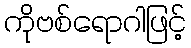
ကိုဗစ်ရောဂါဖြင့်